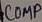
Text: COMP